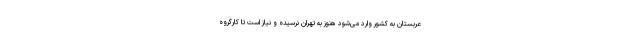
عربستان به کشور وارد می‌شود هنوز به تهران نرسیده و نیاز است تا کارگروه